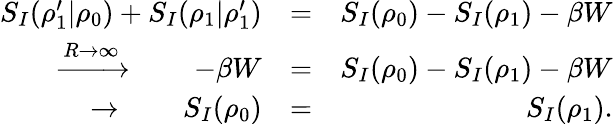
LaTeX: \begin{array}{rlr}{S_{I}(\rho_{1}^{\prime}|\rho_{0})+S_{I}(\rho_{1}|\rho_{1}^{\prime})}&{=}&{S_{I}(\rho_{0})-S_{I}(\rho_{1})-\beta W}\\ {\xrightarrow{R\rightarrow\infty}\qquad-\beta W}&{=}&{S_{I}(\rho_{0})-S_{I}(\rho_{1})-\beta W}\\ {\rightarrow\qquad S_{I}(\rho_{0})}&{=}&{S_{I}(\rho_{1}).}\end{array}